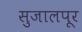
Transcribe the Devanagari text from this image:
सुजालपूर